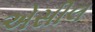
એસીલ